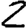
Digit: 2